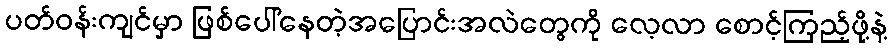
ပတ်ဝန်းကျင်မှာ ဖြစ်ပေါ်နေတဲ့အပြောင်းအလဲတွေကို လေ့လာ စောင့်ကြည့်ဖို့နဲ့